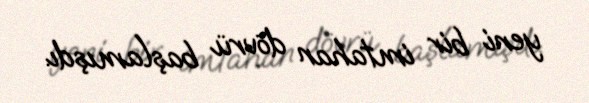
yeni bir imtahan dövrü başlamışdı.